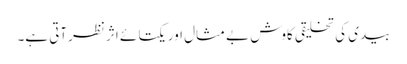
بیدی کی تخلیقی کاوش بے مثال اور یکتا ئے اثر نظرآتی ہے۔